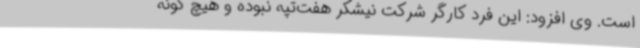
است. وی افزود: این فرد کارگر شرکت نیشکر هفت‌تپه نبوده و هیچ گونه